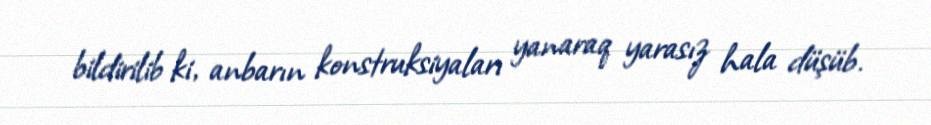
bildirilib ki, anbarın konstruksiyaları yanaraq yarasız hala düşüb.